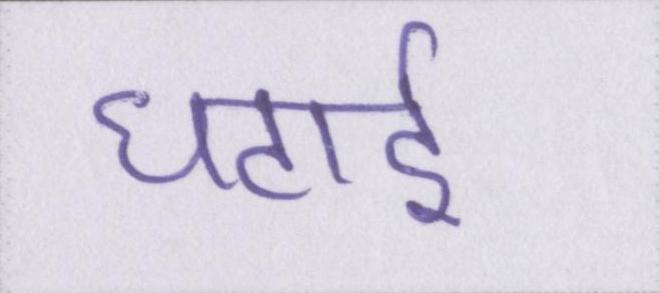
घटाई